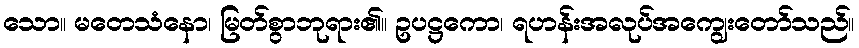
သော။ မတေသံနော၊ မြတ်စွာဘုရား၏။ ဥပဋ္ဌကော၊ ရဟန်းအလုပ်အကျွေးတော်သည်။